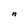
Character: n